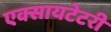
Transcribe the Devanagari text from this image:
एक्सायटेटरी